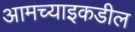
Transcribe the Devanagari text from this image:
आमच्याइकडील